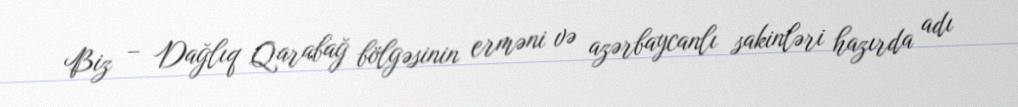
Biz – Dağlıq Qarabağ bölgəsinin erməni və azərbaycanlı sakinləri hazırda adı